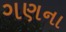
ગણના